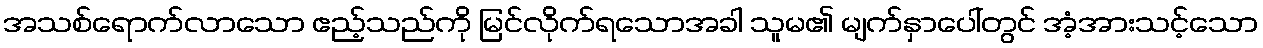
အသစ်ရောက်လာသော ဧည့်သည်ကို မြင်လိုက်ရသောအခါ သူမ၏ မျက်နှာပေါ်တွင် အံ့အားသင့်သော